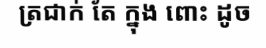
ត្រជាក់ តែ ក្នុង ពោះ ដូច